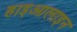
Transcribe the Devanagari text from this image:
हाइआलाइन